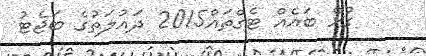
ގުޅޭ ބައެއް ޓެގްތައް2015 ދައުލަތުގެ ބަޖެޓު